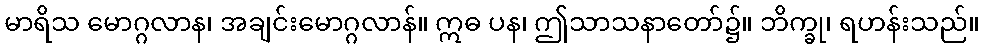
မာရိသ မောဂ္ဂလာန၊ အချင်းမောဂ္ဂလာန်။ ဣဓ ပန၊ ဤသာသနာတော်၌။ ဘိက္ခု၊ ရဟန်းသည်။